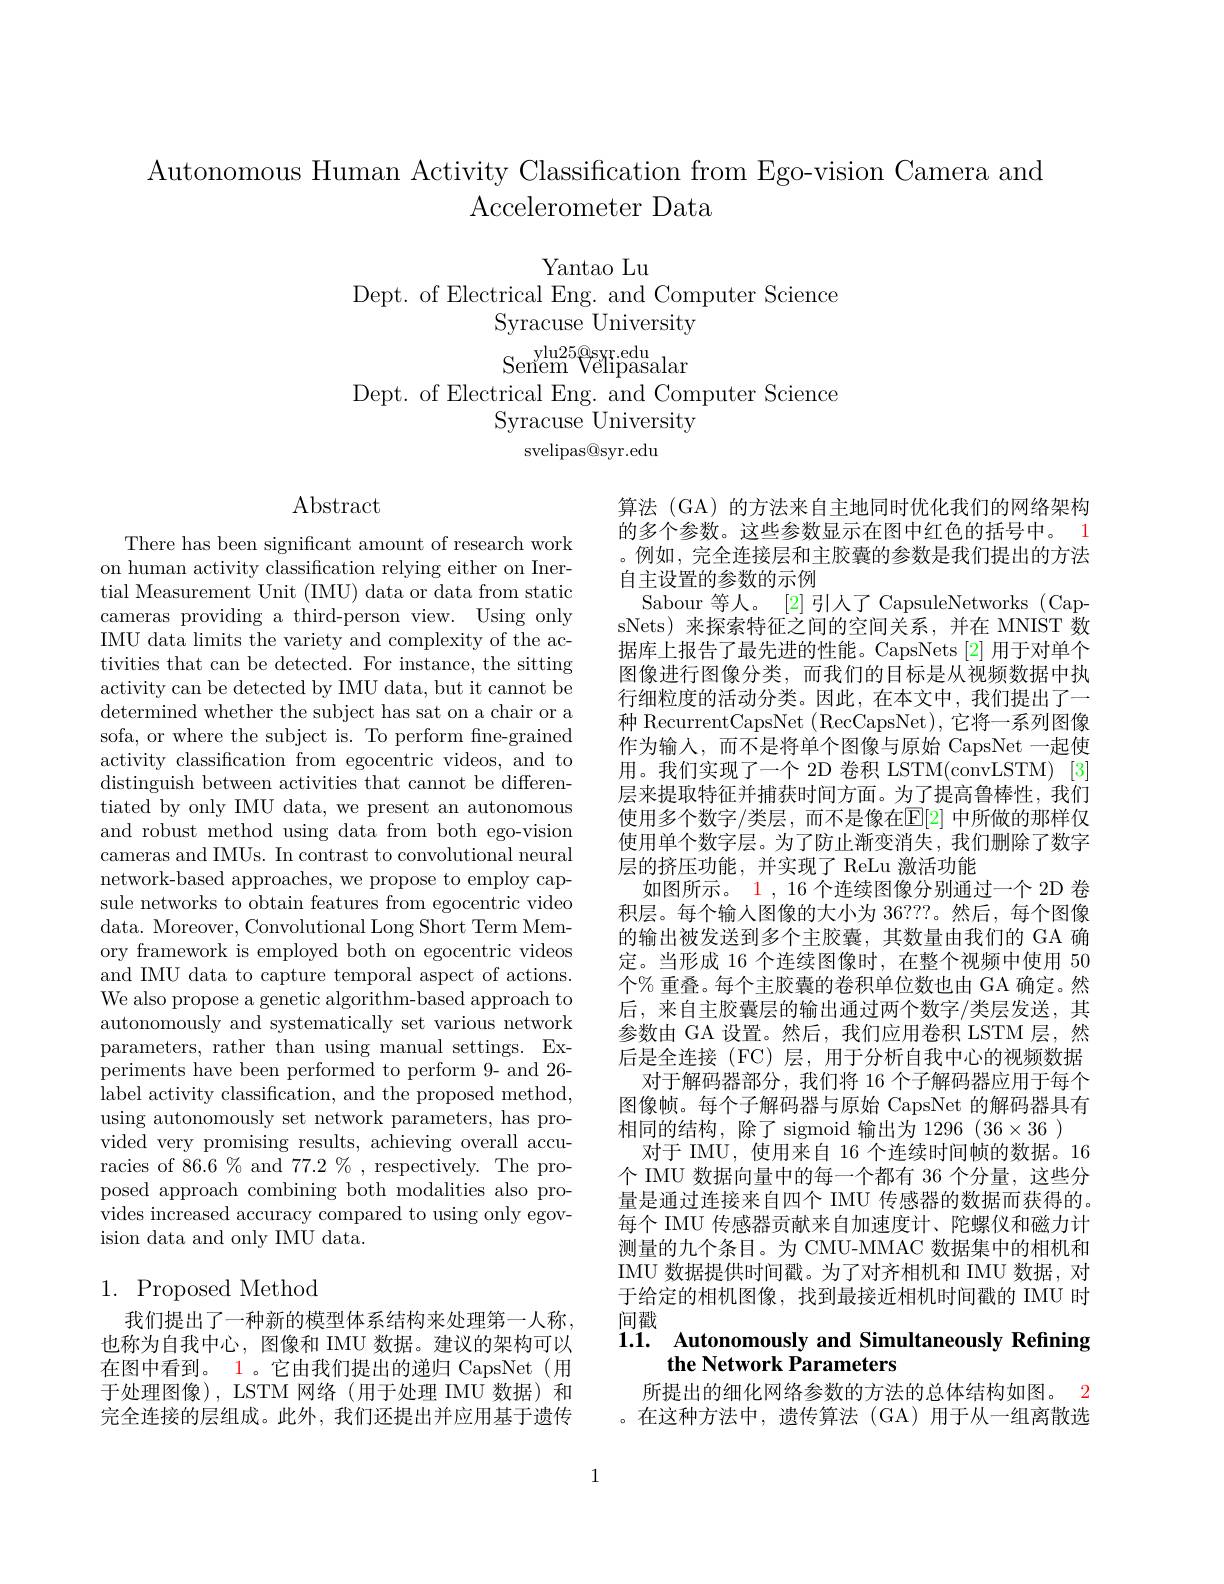
Autonomous Human Activity Classification from Ego-vision Camera and
# Accelerometer Data

Yantao Lu
Dept. of Electrical Eng. and Computer Science
Syracuse University $\begin{array}{c}{\mathrm{senem}}&{\mathrm{vlu25@syr.edu}}\\{\mathrm{senem}}&{\mathrm{Velipasalar}}\\&{\mathrm{v}}&{\mathrm{v}}\\&{\mathrm{v}}&{\mathrm{v}}\end{array}$
Dept. of Electrical Eng. and Computer Science
Syracuse University
svelipas@syr.edu

$\operatorname{Abstract}$

There has been significant amount of research work on human activity classification relying either on Inertial Measurement Unit (IMU) data or data from static cameras providing a third-person view. Using only IMU data limits the variety and complexity of the activities that can be detected. For instance, the sitting activity can be detected by IMU data, but it cannot be determined whether the subject has sat on a chair or a sofa, or where the subject is. To perform fne-grained activity classification from egocentric videos, and to distinguish between activities that cannot be differentiated by only IMU data, we present an autonomous and robust method using data from both ego-vision cameras and IMUs. In contrast to convolutional neural network-based approaches, we propose to employ capsule networks to obtain features from egocentric video data. Moreover, Convolutional Long Short Term Memory framework is employed both on egocentric videos and IMU data to capture temporal aspect of actions. We also propose a genetic algorithm-based approach to autonomously and systematically set various network parameters, rather than using manual settings. Experiments have been performed to perform 9- and 26- label activity classification, and the proposed method, using autonomously set network parameters, has provided very promising results, achieving overall accuracies of $86.6\%\%$ and $77.2\%$,respectively.The proposed approach combining both modalities also provides increased accuracy compared to using only egovision data and only IMU data.

算法 (GA) 的方法来自主地同时优化我们的网络架构的多个参数。这些参数显示在图中红色的括号中。1 。例如，完全连接层和主胶囊的参数是我们提出的方法自主设置的参数的示例
Sabour 等人。[2]引人了 CapsuleNetworks (CapsNets)来探索特征之间的空间关系，并在 MNIST 数据库上报告了最先进的性能。CapsNets [2] 用于对单个图像进行图像分类，而我们的目标是从视频数据中执行细粒度的活动分类。因此，在本文中，我们提出了一种 RecurrentCapsNet $(\operatorname{RecCapsNet})$,它将一系列图像作为输入，而不是将单个图像与原始 CapsNet 一起使用。我们实现了一个 2D 卷积 LSTM(convLSTM) [3] 层来提取特征并捕获时间方面。为了提高鲁棒性，我们使用多个数字/类层，而不是像在$\mathbb{E}[2]$ 中所做的那样仅使用单个数字层。为了防止渐变消失，我们删除了数字层的挤压功能，并实现了 ReLu 激活功能
如图所示。1 , 16 个连续图像分别通过一个 2D 卷积层。每个输人图像的大小为 36???。然后，每个图像的输出被发送到多个主胶囊，其数量由我们的 GA 确定。当形成 16 个连续图像时，在整个视频中使用 50个% 重叠。每个主胶囊的卷积单位数也由 GA 确定。然后，来自主胶囊层的输出通过两个数字/类层发送，其参数由 GA 设置。然后，我们应用卷积 LSTM 层，然后是全连接(FC)层，用于分析自我中心的视频数据
对于解码器部分，我们将 16 个子解码器应用于每个图像帧。每个子解码器与原始 CapsNet 的解码器具有相同的结构，除了 sigmoid 输出为 1296 $(36\times36)$
对于 IMU, 使用来自 16 个连续时间帧的数据。16个 IMU 数据向量中的每一个都有 36 个分量，这些分量是通过连接来自四个 IMU 传感器的数据而获得的。每个 IMU 传感器贡献来自加速度计、陀螺仪和磁力计测量的九个条目。为 CMU-MMAC 数据集中的相机和IMU 数据提供时间戳。为了对齐相机和 IMU 数据，对于给定的相机图像，找到最接近相机时间戳的 IMU 时间戳

## 1. Proposed Method

### 1.1. Autonomously and Simultaneously Refining the Network Parameters

我们提出了一种新的模型体系结构来处理第一人称， 也称为自我中心，图像和 IMU 数据。建议的架构可以在图中看到。1 。它由我们提出的递归 CapsNet(用于处理图像), LSTM 网络(用于处理 IMU 数据) 和完全连接的层组成。此外，我们还提出并应用基于遗传

所提出的细化网络参数的方法的总体结构如图。2 。在这种方法中，遗传算法(GA)用于从一组离散选

1